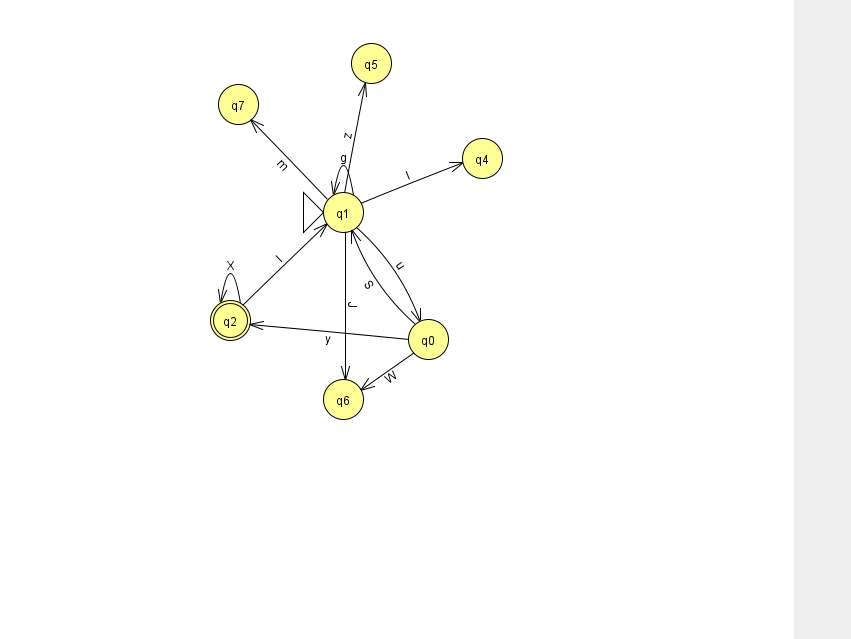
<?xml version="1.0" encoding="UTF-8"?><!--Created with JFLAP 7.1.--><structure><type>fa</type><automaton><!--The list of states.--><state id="0" name="q0"><x>428.0</x><y>326.0</y></state><state id="1" name="q1"><x>343.0</x><y>199.0</y><initial/></state><state id="2" name="q2"><x>230.0</x><y>307.0</y><final/></state><state id="4" name="q4"><x>482.0</x><y>145.0</y></state><state id="5" name="q5"><x>371.0</x><y>50.0</y></state><state id="6" name="q6"><x>343.0</x><y>386.0</y></state><state id="7" name="q7"><x>238.0</x><y>91.0</y></state><!--The list of transitions.--><transition><from>0</from><to>1</to><read>S</read></transition><transition><from>1</from><to>5</to><read>z</read></transition><transition><from>1</from><to>0</to><read>u</read></transition><transition><from>1</from><to>4</to><read>l</read></transition><transition><from>1</from><to>7</to><read>m</read></transition><transition><from>0</from><to>6</to><read>W</read></transition><transition><from>1</from><to>1</to><read>g</read></transition><transition><from>2</from><to>2</to><read>X</read></transition><transition><from>0</from><to>2</to><read>y</read></transition><transition><from>1</from><to>6</to><read>J</read></transition><transition><from>2</from><to>1</to><read>l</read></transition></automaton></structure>